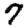
Digit: 7